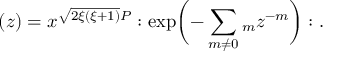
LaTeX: \L ( z ) = x ^ { \sqrt { 2 \xi ( \xi + 1 ) } P } : \exp \biggl ( - \sum _ { m \ne 0 } \l _ { m } z ^ { - m } \biggr ) : .